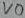
Text: VO